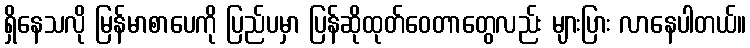
ရှိနေသလို မြန်မာစာပေကို ပြည်ပမှာ ပြန်ဆိုထုတ်ဝေတာတွေလည်း များပြား လာနေပါတယ်။